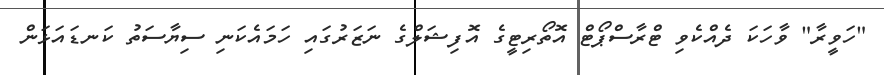
"ހަވީރާ" ވާހަކަ ދެއްކެވި ޓްރާސްޕޯޓް އޮތޯރިޓީގެ އޮފިޝަލްގެ ނަޒަރުގައި ހަމައެކަނި ސިޔާސަތު ކަނޑައަޅަން